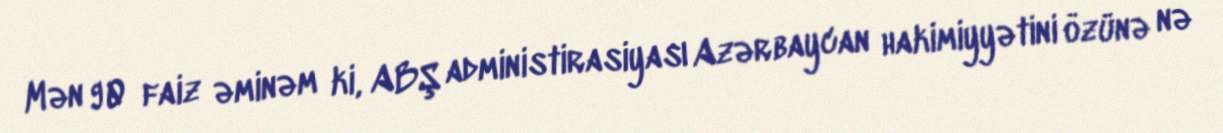
Mən 90 faiz əminəm ki, ABŞ administirasiyası Azərbaycan hakimiyyətini özünə nə